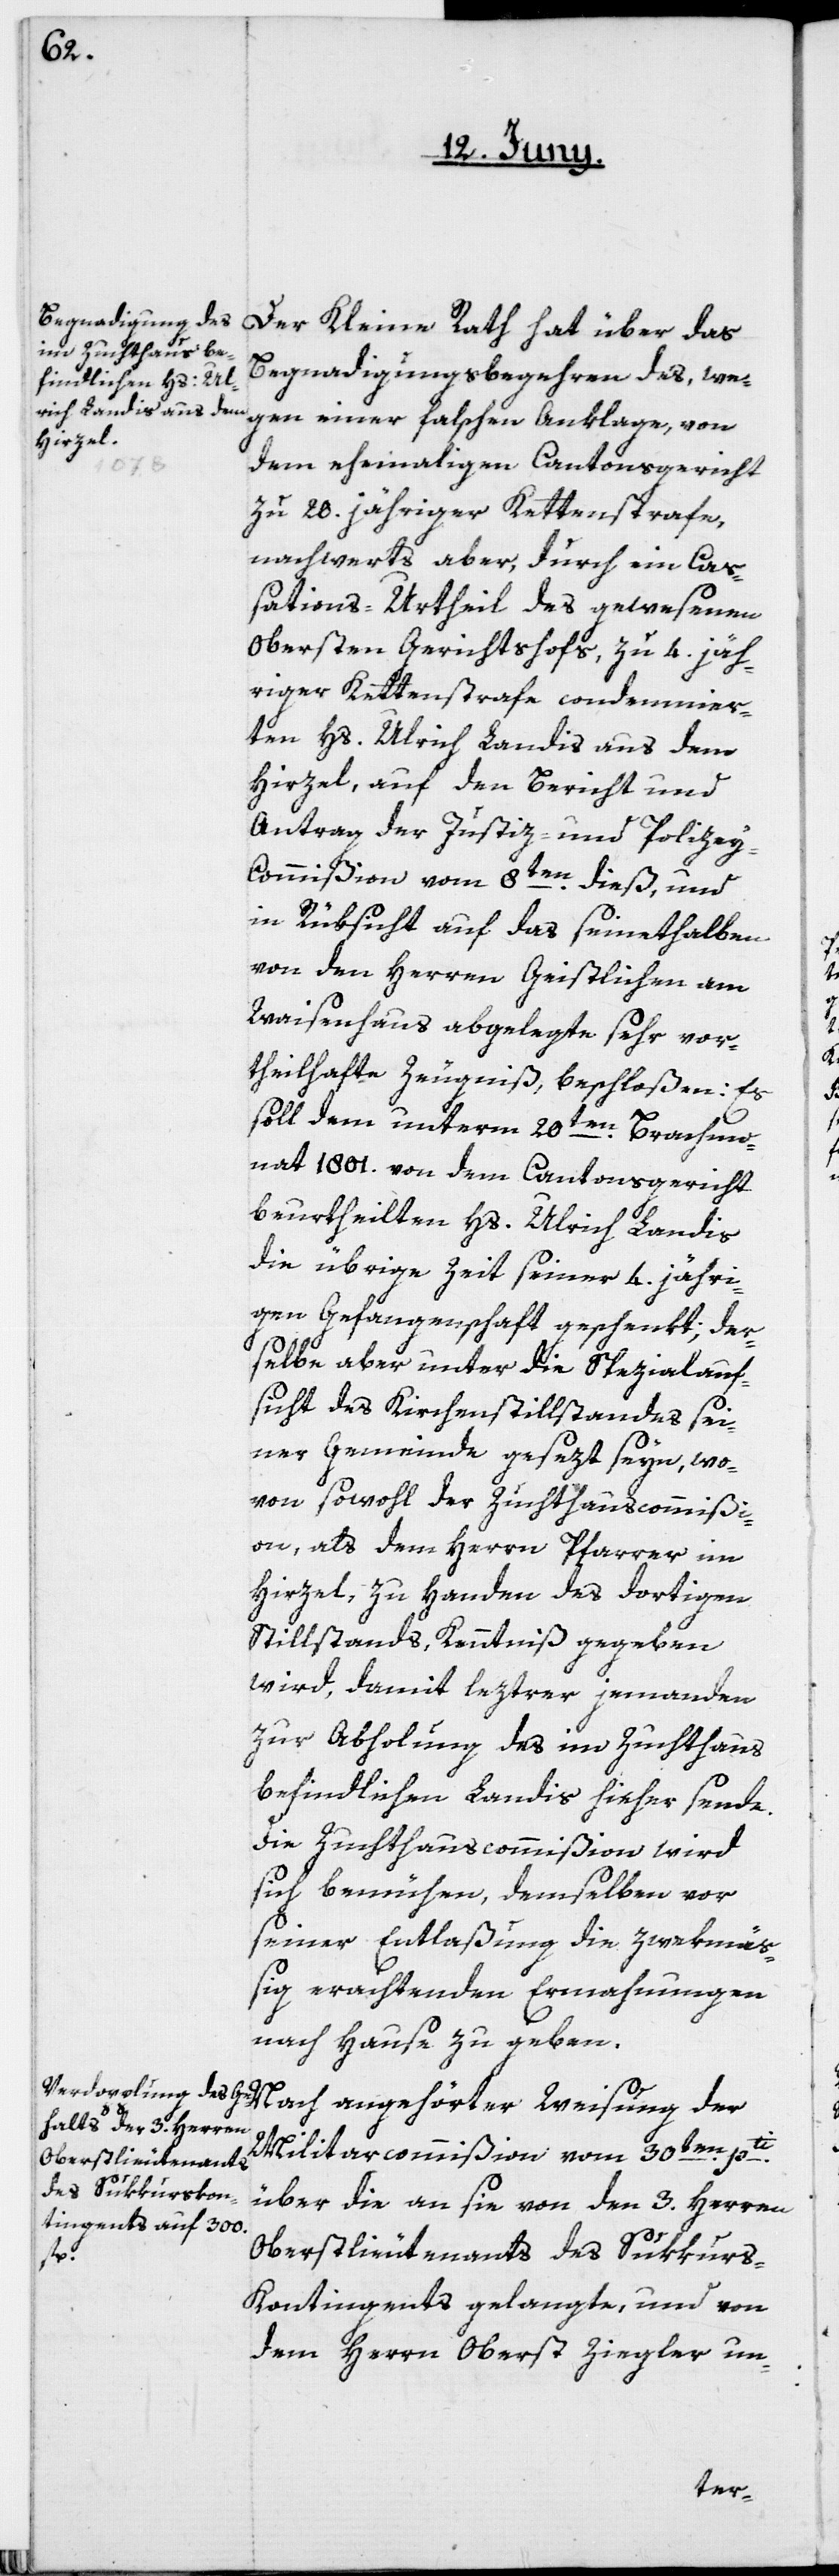
Der Kleine Rath hat über das
Begnadigungsbegehren des, we¬
gen einer falschen Anklage, von
dem ehemaligen Cantonsgericht
zu 20. jähriger Kettenstrafe,
nachwerts aber, durch ein Ca¬
ßations-Urtheil des gewesenen
obersten Gerichtshofs, zu 4. jäh¬
riger Kettenstrafe condemnier¬
ten Hs. Ulrich Landis aus dem
Hirzel, auf den Bericht und
Antrag der Justiz- und Polize¬
y-Commißion vom 8ten dieß, und
in Rüksicht auf das seinethalben
von den Herren Geistlichen am
Waisenhaus abgelegte sehr vor¬
theilhafte Zeugniß, beschloßen: Es
soll dem unterm 20ten Brachmo¬
nat 1801. von dem Cantonsgericht
beurtheilten Hs. Ulrich Landis
die übrige Zeit seiner 4. jähri¬
gen Gefangenschaft geschenkt; der¬
selbe aber unter die Spezialauf¬
sicht des Kirchenstillstandes sei¬
ner Gemeinde gesezt seyn, wo¬
von sowohl der Zuchthauscommißi¬
on, als dem Herrn Pfarrer im
Hirzel, zu Handen des dortigen
Stillstands, Kenntniß gegeben
wird, damit lezterer jemanden
zur Abholung des im Zuchthaus
befindlichen Landis hieher sende.
Die Zuchthauscommißion wird
sich bemühen, demselben vor
seiner Entlaßung die zwekmäß¬
ig erachtenden Ermahnungen
nach Hause zu geben.
Nach angehörter Weisung der
Militarcommißion vom 30ten pti
über die an sie von den 3. Herren
Oberstlieutenants des Sukkur¬
s-Kontingents gelangte, und von
dem Herrn Oberst Ziegler un-